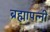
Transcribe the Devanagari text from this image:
ब्रह्मापत्नी